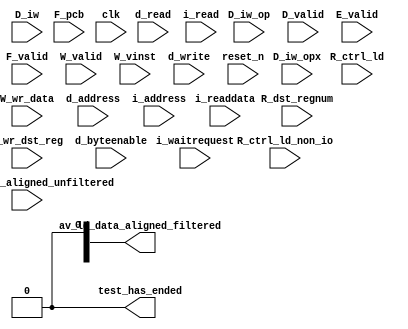
//Legal Notice: (C)2023 Altera Corporation. All rights reserved.  Your
//use of Altera Corporation's design tools, logic functions and other
//software and tools, and its AMPP partner logic functions, and any
//output files any of the foregoing (including device programming or
//simulation files), and any associated documentation or information are
//expressly subject to the terms and conditions of the Altera Program
//License Subscription Agreement or other applicable license agreement,
//including, without limitation, that your use is for the sole purpose
//of programming logic devices manufactured by Altera and sold by Altera
//or its authorized distributors.  Please refer to the applicable
//agreement for further details.

// synthesis translate_off
`timescale 1ns / 1ps
// synthesis translate_on

// turn off superfluous verilog processor warnings 
// altera message_level Level1 
// altera message_off 10034 10035 10036 10037 10230 10240 10030 

module system_nios2_gen2_0_cpu_test_bench (
                                            // inputs:
                                             D_iw,
                                             D_iw_op,
                                             D_iw_opx,
                                             D_valid,
                                             E_valid,
                                             F_pcb,
                                             F_valid,
                                             R_ctrl_ld,
                                             R_ctrl_ld_non_io,
                                             R_dst_regnum,
                                             R_wr_dst_reg,
                                             W_valid,
                                             W_vinst,
                                             W_wr_data,
                                             av_ld_data_aligned_unfiltered,
                                             clk,
                                             d_address,
                                             d_byteenable,
                                             d_read,
                                             d_write,
                                             i_address,
                                             i_read,
                                             i_readdata,
                                             i_waitrequest,
                                             reset_n,

                                            // outputs:
                                             av_ld_data_aligned_filtered,
                                             test_has_ended
                                          )
;

  output  [ 31: 0] av_ld_data_aligned_filtered;
  output           test_has_ended;
  input   [ 31: 0] D_iw;
  input   [  5: 0] D_iw_op;
  input   [  5: 0] D_iw_opx;
  input            D_valid;
  input            E_valid;
  input   [ 16: 0] F_pcb;
  input            F_valid;
  input            R_ctrl_ld;
  input            R_ctrl_ld_non_io;
  input   [  4: 0] R_dst_regnum;
  input            R_wr_dst_reg;
  input            W_valid;
  input   [ 71: 0] W_vinst;
  input   [ 31: 0] W_wr_data;
  input   [ 31: 0] av_ld_data_aligned_unfiltered;
  input            clk;
  input   [ 16: 0] d_address;
  input   [  3: 0] d_byteenable;
  input            d_read;
  input            d_write;
  input   [ 16: 0] i_address;
  input            i_read;
  input   [ 31: 0] i_readdata;
  input            i_waitrequest;
  input            reset_n;


wire             D_is_opx_inst;
wire             D_op_add;
wire             D_op_addi;
wire             D_op_and;
wire             D_op_andhi;
wire             D_op_andi;
wire             D_op_beq;
wire             D_op_bge;
wire             D_op_bgeu;
wire             D_op_blt;
wire             D_op_bltu;
wire             D_op_bne;
wire             D_op_br;
wire             D_op_break;
wire             D_op_bret;
wire             D_op_call;
wire             D_op_callr;
wire             D_op_cmpeq;
wire             D_op_cmpeqi;
wire             D_op_cmpge;
wire             D_op_cmpgei;
wire             D_op_cmpgeu;
wire             D_op_cmpgeui;
wire             D_op_cmplt;
wire             D_op_cmplti;
wire             D_op_cmpltu;
wire             D_op_cmpltui;
wire             D_op_cmpne;
wire             D_op_cmpnei;
wire             D_op_crst;
wire             D_op_custom;
wire             D_op_div;
wire             D_op_divu;
wire             D_op_eret;
wire             D_op_flushd;
wire             D_op_flushda;
wire             D_op_flushi;
wire             D_op_flushp;
wire             D_op_hbreak;
wire             D_op_initd;
wire             D_op_initda;
wire             D_op_initi;
wire             D_op_intr;
wire             D_op_jmp;
wire             D_op_jmpi;
wire             D_op_ldb;
wire             D_op_ldbio;
wire             D_op_ldbu;
wire             D_op_ldbuio;
wire             D_op_ldh;
wire             D_op_ldhio;
wire             D_op_ldhu;
wire             D_op_ldhuio;
wire             D_op_ldl;
wire             D_op_ldw;
wire             D_op_ldwio;
wire             D_op_mul;
wire             D_op_muli;
wire             D_op_mulxss;
wire             D_op_mulxsu;
wire             D_op_mulxuu;
wire             D_op_nextpc;
wire             D_op_nor;
wire             D_op_op_rsv02;
wire             D_op_op_rsv09;
wire             D_op_op_rsv10;
wire             D_op_op_rsv17;
wire             D_op_op_rsv18;
wire             D_op_op_rsv25;
wire             D_op_op_rsv26;
wire             D_op_op_rsv33;
wire             D_op_op_rsv34;
wire             D_op_op_rsv41;
wire             D_op_op_rsv42;
wire             D_op_op_rsv49;
wire             D_op_op_rsv57;
wire             D_op_op_rsv61;
wire             D_op_op_rsv62;
wire             D_op_op_rsv63;
wire             D_op_opx_rsv00;
wire             D_op_opx_rsv10;
wire             D_op_opx_rsv15;
wire             D_op_opx_rsv17;
wire             D_op_opx_rsv21;
wire             D_op_opx_rsv25;
wire             D_op_opx_rsv33;
wire             D_op_opx_rsv34;
wire             D_op_opx_rsv35;
wire             D_op_opx_rsv42;
wire             D_op_opx_rsv43;
wire             D_op_opx_rsv44;
wire             D_op_opx_rsv47;
wire             D_op_opx_rsv50;
wire             D_op_opx_rsv51;
wire             D_op_opx_rsv55;
wire             D_op_opx_rsv56;
wire             D_op_opx_rsv60;
wire             D_op_opx_rsv63;
wire             D_op_or;
wire             D_op_orhi;
wire             D_op_ori;
wire             D_op_rdctl;
wire             D_op_rdprs;
wire             D_op_ret;
wire             D_op_rol;
wire             D_op_roli;
wire             D_op_ror;
wire             D_op_sll;
wire             D_op_slli;
wire             D_op_sra;
wire             D_op_srai;
wire             D_op_srl;
wire             D_op_srli;
wire             D_op_stb;
wire             D_op_stbio;
wire             D_op_stc;
wire             D_op_sth;
wire             D_op_sthio;
wire             D_op_stw;
wire             D_op_stwio;
wire             D_op_sub;
wire             D_op_sync;
wire             D_op_trap;
wire             D_op_wrctl;
wire             D_op_wrprs;
wire             D_op_xor;
wire             D_op_xorhi;
wire             D_op_xori;
wire    [ 31: 0] av_ld_data_aligned_filtered;
wire             av_ld_data_aligned_unfiltered_0_is_x;
wire             av_ld_data_aligned_unfiltered_10_is_x;
wire             av_ld_data_aligned_unfiltered_11_is_x;
wire             av_ld_data_aligned_unfiltered_12_is_x;
wire             av_ld_data_aligned_unfiltered_13_is_x;
wire             av_ld_data_aligned_unfiltered_14_is_x;
wire             av_ld_data_aligned_unfiltered_15_is_x;
wire             av_ld_data_aligned_unfiltered_16_is_x;
wire             av_ld_data_aligned_unfiltered_17_is_x;
wire             av_ld_data_aligned_unfiltered_18_is_x;
wire             av_ld_data_aligned_unfiltered_19_is_x;
wire             av_ld_data_aligned_unfiltered_1_is_x;
wire             av_ld_data_aligned_unfiltered_20_is_x;
wire             av_ld_data_aligned_unfiltered_21_is_x;
wire             av_ld_data_aligned_unfiltered_22_is_x;
wire             av_ld_data_aligned_unfiltered_23_is_x;
wire             av_ld_data_aligned_unfiltered_24_is_x;
wire             av_ld_data_aligned_unfiltered_25_is_x;
wire             av_ld_data_aligned_unfiltered_26_is_x;
wire             av_ld_data_aligned_unfiltered_27_is_x;
wire             av_ld_data_aligned_unfiltered_28_is_x;
wire             av_ld_data_aligned_unfiltered_29_is_x;
wire             av_ld_data_aligned_unfiltered_2_is_x;
wire             av_ld_data_aligned_unfiltered_30_is_x;
wire             av_ld_data_aligned_unfiltered_31_is_x;
wire             av_ld_data_aligned_unfiltered_3_is_x;
wire             av_ld_data_aligned_unfiltered_4_is_x;
wire             av_ld_data_aligned_unfiltered_5_is_x;
wire             av_ld_data_aligned_unfiltered_6_is_x;
wire             av_ld_data_aligned_unfiltered_7_is_x;
wire             av_ld_data_aligned_unfiltered_8_is_x;
wire             av_ld_data_aligned_unfiltered_9_is_x;
wire             test_has_ended;
  assign D_op_call = D_iw_op == 0;
  assign D_op_jmpi = D_iw_op == 1;
  assign D_op_op_rsv02 = D_iw_op == 2;
  assign D_op_ldbu = D_iw_op == 3;
  assign D_op_addi = D_iw_op == 4;
  assign D_op_stb = D_iw_op == 5;
  assign D_op_br = D_iw_op == 6;
  assign D_op_ldb = D_iw_op == 7;
  assign D_op_cmpgei = D_iw_op == 8;
  assign D_op_op_rsv09 = D_iw_op == 9;
  assign D_op_op_rsv10 = D_iw_op == 10;
  assign D_op_ldhu = D_iw_op == 11;
  assign D_op_andi = D_iw_op == 12;
  assign D_op_sth = D_iw_op == 13;
  assign D_op_bge = D_iw_op == 14;
  assign D_op_ldh = D_iw_op == 15;
  assign D_op_cmplti = D_iw_op == 16;
  assign D_op_op_rsv17 = D_iw_op == 17;
  assign D_op_op_rsv18 = D_iw_op == 18;
  assign D_op_initda = D_iw_op == 19;
  assign D_op_ori = D_iw_op == 20;
  assign D_op_stw = D_iw_op == 21;
  assign D_op_blt = D_iw_op == 22;
  assign D_op_ldw = D_iw_op == 23;
  assign D_op_cmpnei = D_iw_op == 24;
  assign D_op_op_rsv25 = D_iw_op == 25;
  assign D_op_op_rsv26 = D_iw_op == 26;
  assign D_op_flushda = D_iw_op == 27;
  assign D_op_xori = D_iw_op == 28;
  assign D_op_stc = D_iw_op == 29;
  assign D_op_bne = D_iw_op == 30;
  assign D_op_ldl = D_iw_op == 31;
  assign D_op_cmpeqi = D_iw_op == 32;
  assign D_op_op_rsv33 = D_iw_op == 33;
  assign D_op_op_rsv34 = D_iw_op == 34;
  assign D_op_ldbuio = D_iw_op == 35;
  assign D_op_muli = D_iw_op == 36;
  assign D_op_stbio = D_iw_op == 37;
  assign D_op_beq = D_iw_op == 38;
  assign D_op_ldbio = D_iw_op == 39;
  assign D_op_cmpgeui = D_iw_op == 40;
  assign D_op_op_rsv41 = D_iw_op == 41;
  assign D_op_op_rsv42 = D_iw_op == 42;
  assign D_op_ldhuio = D_iw_op == 43;
  assign D_op_andhi = D_iw_op == 44;
  assign D_op_sthio = D_iw_op == 45;
  assign D_op_bgeu = D_iw_op == 46;
  assign D_op_ldhio = D_iw_op == 47;
  assign D_op_cmpltui = D_iw_op == 48;
  assign D_op_op_rsv49 = D_iw_op == 49;
  assign D_op_custom = D_iw_op == 50;
  assign D_op_initd = D_iw_op == 51;
  assign D_op_orhi = D_iw_op == 52;
  assign D_op_stwio = D_iw_op == 53;
  assign D_op_bltu = D_iw_op == 54;
  assign D_op_ldwio = D_iw_op == 55;
  assign D_op_rdprs = D_iw_op == 56;
  assign D_op_op_rsv57 = D_iw_op == 57;
  assign D_op_flushd = D_iw_op == 59;
  assign D_op_xorhi = D_iw_op == 60;
  assign D_op_op_rsv61 = D_iw_op == 61;
  assign D_op_op_rsv62 = D_iw_op == 62;
  assign D_op_op_rsv63 = D_iw_op == 63;
  assign D_op_opx_rsv00 = (D_iw_opx == 0) & D_is_opx_inst;
  assign D_op_eret = (D_iw_opx == 1) & D_is_opx_inst;
  assign D_op_roli = (D_iw_opx == 2) & D_is_opx_inst;
  assign D_op_rol = (D_iw_opx == 3) & D_is_opx_inst;
  assign D_op_flushp = (D_iw_opx == 4) & D_is_opx_inst;
  assign D_op_ret = (D_iw_opx == 5) & D_is_opx_inst;
  assign D_op_nor = (D_iw_opx == 6) & D_is_opx_inst;
  assign D_op_mulxuu = (D_iw_opx == 7) & D_is_opx_inst;
  assign D_op_cmpge = (D_iw_opx == 8) & D_is_opx_inst;
  assign D_op_bret = (D_iw_opx == 9) & D_is_opx_inst;
  assign D_op_opx_rsv10 = (D_iw_opx == 10) & D_is_opx_inst;
  assign D_op_ror = (D_iw_opx == 11) & D_is_opx_inst;
  assign D_op_flushi = (D_iw_opx == 12) & D_is_opx_inst;
  assign D_op_jmp = (D_iw_opx == 13) & D_is_opx_inst;
  assign D_op_and = (D_iw_opx == 14) & D_is_opx_inst;
  assign D_op_opx_rsv15 = (D_iw_opx == 15) & D_is_opx_inst;
  assign D_op_cmplt = (D_iw_opx == 16) & D_is_opx_inst;
  assign D_op_opx_rsv17 = (D_iw_opx == 17) & D_is_opx_inst;
  assign D_op_slli = (D_iw_opx == 18) & D_is_opx_inst;
  assign D_op_sll = (D_iw_opx == 19) & D_is_opx_inst;
  assign D_op_wrprs = (D_iw_opx == 20) & D_is_opx_inst;
  assign D_op_opx_rsv21 = (D_iw_opx == 21) & D_is_opx_inst;
  assign D_op_or = (D_iw_opx == 22) & D_is_opx_inst;
  assign D_op_mulxsu = (D_iw_opx == 23) & D_is_opx_inst;
  assign D_op_cmpne = (D_iw_opx == 24) & D_is_opx_inst;
  assign D_op_opx_rsv25 = (D_iw_opx == 25) & D_is_opx_inst;
  assign D_op_srli = (D_iw_opx == 26) & D_is_opx_inst;
  assign D_op_srl = (D_iw_opx == 27) & D_is_opx_inst;
  assign D_op_nextpc = (D_iw_opx == 28) & D_is_opx_inst;
  assign D_op_callr = (D_iw_opx == 29) & D_is_opx_inst;
  assign D_op_xor = (D_iw_opx == 30) & D_is_opx_inst;
  assign D_op_mulxss = (D_iw_opx == 31) & D_is_opx_inst;
  assign D_op_cmpeq = (D_iw_opx == 32) & D_is_opx_inst;
  assign D_op_opx_rsv33 = (D_iw_opx == 33) & D_is_opx_inst;
  assign D_op_opx_rsv34 = (D_iw_opx == 34) & D_is_opx_inst;
  assign D_op_opx_rsv35 = (D_iw_opx == 35) & D_is_opx_inst;
  assign D_op_divu = (D_iw_opx == 36) & D_is_opx_inst;
  assign D_op_div = (D_iw_opx == 37) & D_is_opx_inst;
  assign D_op_rdctl = (D_iw_opx == 38) & D_is_opx_inst;
  assign D_op_mul = (D_iw_opx == 39) & D_is_opx_inst;
  assign D_op_cmpgeu = (D_iw_opx == 40) & D_is_opx_inst;
  assign D_op_initi = (D_iw_opx == 41) & D_is_opx_inst;
  assign D_op_opx_rsv42 = (D_iw_opx == 42) & D_is_opx_inst;
  assign D_op_opx_rsv43 = (D_iw_opx == 43) & D_is_opx_inst;
  assign D_op_opx_rsv44 = (D_iw_opx == 44) & D_is_opx_inst;
  assign D_op_trap = (D_iw_opx == 45) & D_is_opx_inst;
  assign D_op_wrctl = (D_iw_opx == 46) & D_is_opx_inst;
  assign D_op_opx_rsv47 = (D_iw_opx == 47) & D_is_opx_inst;
  assign D_op_cmpltu = (D_iw_opx == 48) & D_is_opx_inst;
  assign D_op_add = (D_iw_opx == 49) & D_is_opx_inst;
  assign D_op_opx_rsv50 = (D_iw_opx == 50) & D_is_opx_inst;
  assign D_op_opx_rsv51 = (D_iw_opx == 51) & D_is_opx_inst;
  assign D_op_break = (D_iw_opx == 52) & D_is_opx_inst;
  assign D_op_hbreak = (D_iw_opx == 53) & D_is_opx_inst;
  assign D_op_sync = (D_iw_opx == 54) & D_is_opx_inst;
  assign D_op_opx_rsv55 = (D_iw_opx == 55) & D_is_opx_inst;
  assign D_op_opx_rsv56 = (D_iw_opx == 56) & D_is_opx_inst;
  assign D_op_sub = (D_iw_opx == 57) & D_is_opx_inst;
  assign D_op_srai = (D_iw_opx == 58) & D_is_opx_inst;
  assign D_op_sra = (D_iw_opx == 59) & D_is_opx_inst;
  assign D_op_opx_rsv60 = (D_iw_opx == 60) & D_is_opx_inst;
  assign D_op_intr = (D_iw_opx == 61) & D_is_opx_inst;
  assign D_op_crst = (D_iw_opx == 62) & D_is_opx_inst;
  assign D_op_opx_rsv63 = (D_iw_opx == 63) & D_is_opx_inst;
  assign D_is_opx_inst = D_iw_op == 58;
  assign test_has_ended = 1'b0;

//synthesis translate_off
//////////////// SIMULATION-ONLY CONTENTS
  //Clearing 'X' data bits
  assign av_ld_data_aligned_unfiltered_0_is_x = ^(av_ld_data_aligned_unfiltered[0]) === 1'bx;

  assign av_ld_data_aligned_filtered[0] = (av_ld_data_aligned_unfiltered_0_is_x & (R_ctrl_ld_non_io)) ? 1'b0 : av_ld_data_aligned_unfiltered[0];
  assign av_ld_data_aligned_unfiltered_1_is_x = ^(av_ld_data_aligned_unfiltered[1]) === 1'bx;
  assign av_ld_data_aligned_filtered[1] = (av_ld_data_aligned_unfiltered_1_is_x & (R_ctrl_ld_non_io)) ? 1'b0 : av_ld_data_aligned_unfiltered[1];
  assign av_ld_data_aligned_unfiltered_2_is_x = ^(av_ld_data_aligned_unfiltered[2]) === 1'bx;
  assign av_ld_data_aligned_filtered[2] = (av_ld_data_aligned_unfiltered_2_is_x & (R_ctrl_ld_non_io)) ? 1'b0 : av_ld_data_aligned_unfiltered[2];
  assign av_ld_data_aligned_unfiltered_3_is_x = ^(av_ld_data_aligned_unfiltered[3]) === 1'bx;
  assign av_ld_data_aligned_filtered[3] = (av_ld_data_aligned_unfiltered_3_is_x & (R_ctrl_ld_non_io)) ? 1'b0 : av_ld_data_aligned_unfiltered[3];
  assign av_ld_data_aligned_unfiltered_4_is_x = ^(av_ld_data_aligned_unfiltered[4]) === 1'bx;
  assign av_ld_data_aligned_filtered[4] = (av_ld_data_aligned_unfiltered_4_is_x & (R_ctrl_ld_non_io)) ? 1'b0 : av_ld_data_aligned_unfiltered[4];
  assign av_ld_data_aligned_unfiltered_5_is_x = ^(av_ld_data_aligned_unfiltered[5]) === 1'bx;
  assign av_ld_data_aligned_filtered[5] = (av_ld_data_aligned_unfiltered_5_is_x & (R_ctrl_ld_non_io)) ? 1'b0 : av_ld_data_aligned_unfiltered[5];
  assign av_ld_data_aligned_unfiltered_6_is_x = ^(av_ld_data_aligned_unfiltered[6]) === 1'bx;
  assign av_ld_data_aligned_filtered[6] = (av_ld_data_aligned_unfiltered_6_is_x & (R_ctrl_ld_non_io)) ? 1'b0 : av_ld_data_aligned_unfiltered[6];
  assign av_ld_data_aligned_unfiltered_7_is_x = ^(av_ld_data_aligned_unfiltered[7]) === 1'bx;
  assign av_ld_data_aligned_filtered[7] = (av_ld_data_aligned_unfiltered_7_is_x & (R_ctrl_ld_non_io)) ? 1'b0 : av_ld_data_aligned_unfiltered[7];
  assign av_ld_data_aligned_unfiltered_8_is_x = ^(av_ld_data_aligned_unfiltered[8]) === 1'bx;
  assign av_ld_data_aligned_filtered[8] = (av_ld_data_aligned_unfiltered_8_is_x & (R_ctrl_ld_non_io)) ? 1'b0 : av_ld_data_aligned_unfiltered[8];
  assign av_ld_data_aligned_unfiltered_9_is_x = ^(av_ld_data_aligned_unfiltered[9]) === 1'bx;
  assign av_ld_data_aligned_filtered[9] = (av_ld_data_aligned_unfiltered_9_is_x & (R_ctrl_ld_non_io)) ? 1'b0 : av_ld_data_aligned_unfiltered[9];
  assign av_ld_data_aligned_unfiltered_10_is_x = ^(av_ld_data_aligned_unfiltered[10]) === 1'bx;
  assign av_ld_data_aligned_filtered[10] = (av_ld_data_aligned_unfiltered_10_is_x & (R_ctrl_ld_non_io)) ? 1'b0 : av_ld_data_aligned_unfiltered[10];
  assign av_ld_data_aligned_unfiltered_11_is_x = ^(av_ld_data_aligned_unfiltered[11]) === 1'bx;
  assign av_ld_data_aligned_filtered[11] = (av_ld_data_aligned_unfiltered_11_is_x & (R_ctrl_ld_non_io)) ? 1'b0 : av_ld_data_aligned_unfiltered[11];
  assign av_ld_data_aligned_unfiltered_12_is_x = ^(av_ld_data_aligned_unfiltered[12]) === 1'bx;
  assign av_ld_data_aligned_filtered[12] = (av_ld_data_aligned_unfiltered_12_is_x & (R_ctrl_ld_non_io)) ? 1'b0 : av_ld_data_aligned_unfiltered[12];
  assign av_ld_data_aligned_unfiltered_13_is_x = ^(av_ld_data_aligned_unfiltered[13]) === 1'bx;
  assign av_ld_data_aligned_filtered[13] = (av_ld_data_aligned_unfiltered_13_is_x & (R_ctrl_ld_non_io)) ? 1'b0 : av_ld_data_aligned_unfiltered[13];
  assign av_ld_data_aligned_unfiltered_14_is_x = ^(av_ld_data_aligned_unfiltered[14]) === 1'bx;
  assign av_ld_data_aligned_filtered[14] = (av_ld_data_aligned_unfiltered_14_is_x & (R_ctrl_ld_non_io)) ? 1'b0 : av_ld_data_aligned_unfiltered[14];
  assign av_ld_data_aligned_unfiltered_15_is_x = ^(av_ld_data_aligned_unfiltered[15]) === 1'bx;
  assign av_ld_data_aligned_filtered[15] = (av_ld_data_aligned_unfiltered_15_is_x & (R_ctrl_ld_non_io)) ? 1'b0 : av_ld_data_aligned_unfiltered[15];
  assign av_ld_data_aligned_unfiltered_16_is_x = ^(av_ld_data_aligned_unfiltered[16]) === 1'bx;
  assign av_ld_data_aligned_filtered[16] = (av_ld_data_aligned_unfiltered_16_is_x & (R_ctrl_ld_non_io)) ? 1'b0 : av_ld_data_aligned_unfiltered[16];
  assign av_ld_data_aligned_unfiltered_17_is_x = ^(av_ld_data_aligned_unfiltered[17]) === 1'bx;
  assign av_ld_data_aligned_filtered[17] = (av_ld_data_aligned_unfiltered_17_is_x & (R_ctrl_ld_non_io)) ? 1'b0 : av_ld_data_aligned_unfiltered[17];
  assign av_ld_data_aligned_unfiltered_18_is_x = ^(av_ld_data_aligned_unfiltered[18]) === 1'bx;
  assign av_ld_data_aligned_filtered[18] = (av_ld_data_aligned_unfiltered_18_is_x & (R_ctrl_ld_non_io)) ? 1'b0 : av_ld_data_aligned_unfiltered[18];
  assign av_ld_data_aligned_unfiltered_19_is_x = ^(av_ld_data_aligned_unfiltered[19]) === 1'bx;
  assign av_ld_data_aligned_filtered[19] = (av_ld_data_aligned_unfiltered_19_is_x & (R_ctrl_ld_non_io)) ? 1'b0 : av_ld_data_aligned_unfiltered[19];
  assign av_ld_data_aligned_unfiltered_20_is_x = ^(av_ld_data_aligned_unfiltered[20]) === 1'bx;
  assign av_ld_data_aligned_filtered[20] = (av_ld_data_aligned_unfiltered_20_is_x & (R_ctrl_ld_non_io)) ? 1'b0 : av_ld_data_aligned_unfiltered[20];
  assign av_ld_data_aligned_unfiltered_21_is_x = ^(av_ld_data_aligned_unfiltered[21]) === 1'bx;
  assign av_ld_data_aligned_filtered[21] = (av_ld_data_aligned_unfiltered_21_is_x & (R_ctrl_ld_non_io)) ? 1'b0 : av_ld_data_aligned_unfiltered[21];
  assign av_ld_data_aligned_unfiltered_22_is_x = ^(av_ld_data_aligned_unfiltered[22]) === 1'bx;
  assign av_ld_data_aligned_filtered[22] = (av_ld_data_aligned_unfiltered_22_is_x & (R_ctrl_ld_non_io)) ? 1'b0 : av_ld_data_aligned_unfiltered[22];
  assign av_ld_data_aligned_unfiltered_23_is_x = ^(av_ld_data_aligned_unfiltered[23]) === 1'bx;
  assign av_ld_data_aligned_filtered[23] = (av_ld_data_aligned_unfiltered_23_is_x & (R_ctrl_ld_non_io)) ? 1'b0 : av_ld_data_aligned_unfiltered[23];
  assign av_ld_data_aligned_unfiltered_24_is_x = ^(av_ld_data_aligned_unfiltered[24]) === 1'bx;
  assign av_ld_data_aligned_filtered[24] = (av_ld_data_aligned_unfiltered_24_is_x & (R_ctrl_ld_non_io)) ? 1'b0 : av_ld_data_aligned_unfiltered[24];
  assign av_ld_data_aligned_unfiltered_25_is_x = ^(av_ld_data_aligned_unfiltered[25]) === 1'bx;
  assign av_ld_data_aligned_filtered[25] = (av_ld_data_aligned_unfiltered_25_is_x & (R_ctrl_ld_non_io)) ? 1'b0 : av_ld_data_aligned_unfiltered[25];
  assign av_ld_data_aligned_unfiltered_26_is_x = ^(av_ld_data_aligned_unfiltered[26]) === 1'bx;
  assign av_ld_data_aligned_filtered[26] = (av_ld_data_aligned_unfiltered_26_is_x & (R_ctrl_ld_non_io)) ? 1'b0 : av_ld_data_aligned_unfiltered[26];
  assign av_ld_data_aligned_unfiltered_27_is_x = ^(av_ld_data_aligned_unfiltered[27]) === 1'bx;
  assign av_ld_data_aligned_filtered[27] = (av_ld_data_aligned_unfiltered_27_is_x & (R_ctrl_ld_non_io)) ? 1'b0 : av_ld_data_aligned_unfiltered[27];
  assign av_ld_data_aligned_unfiltered_28_is_x = ^(av_ld_data_aligned_unfiltered[28]) === 1'bx;
  assign av_ld_data_aligned_filtered[28] = (av_ld_data_aligned_unfiltered_28_is_x & (R_ctrl_ld_non_io)) ? 1'b0 : av_ld_data_aligned_unfiltered[28];
  assign av_ld_data_aligned_unfiltered_29_is_x = ^(av_ld_data_aligned_unfiltered[29]) === 1'bx;
  assign av_ld_data_aligned_filtered[29] = (av_ld_data_aligned_unfiltered_29_is_x & (R_ctrl_ld_non_io)) ? 1'b0 : av_ld_data_aligned_unfiltered[29];
  assign av_ld_data_aligned_unfiltered_30_is_x = ^(av_ld_data_aligned_unfiltered[30]) === 1'bx;
  assign av_ld_data_aligned_filtered[30] = (av_ld_data_aligned_unfiltered_30_is_x & (R_ctrl_ld_non_io)) ? 1'b0 : av_ld_data_aligned_unfiltered[30];
  assign av_ld_data_aligned_unfiltered_31_is_x = ^(av_ld_data_aligned_unfiltered[31]) === 1'bx;
  assign av_ld_data_aligned_filtered[31] = (av_ld_data_aligned_unfiltered_31_is_x & (R_ctrl_ld_non_io)) ? 1'b0 : av_ld_data_aligned_unfiltered[31];
  always @(posedge clk)
    begin
      if (reset_n)
          if (^(F_valid) === 1'bx)
            begin
              $write("%0d ns: ERROR: system_nios2_gen2_0_cpu_test_bench/F_valid is 'x'\n", $time);
              $stop;
            end
    end


  always @(posedge clk)
    begin
      if (reset_n)
          if (^(D_valid) === 1'bx)
            begin
              $write("%0d ns: ERROR: system_nios2_gen2_0_cpu_test_bench/D_valid is 'x'\n", $time);
              $stop;
            end
    end


  always @(posedge clk)
    begin
      if (reset_n)
          if (^(E_valid) === 1'bx)
            begin
              $write("%0d ns: ERROR: system_nios2_gen2_0_cpu_test_bench/E_valid is 'x'\n", $time);
              $stop;
            end
    end


  always @(posedge clk)
    begin
      if (reset_n)
          if (^(W_valid) === 1'bx)
            begin
              $write("%0d ns: ERROR: system_nios2_gen2_0_cpu_test_bench/W_valid is 'x'\n", $time);
              $stop;
            end
    end


  always @(posedge clk or negedge reset_n)
    begin
      if (reset_n == 0)
        begin
        end
      else if (W_valid)
          if (^(R_wr_dst_reg) === 1'bx)
            begin
              $write("%0d ns: ERROR: system_nios2_gen2_0_cpu_test_bench/R_wr_dst_reg is 'x'\n", $time);
              $stop;
            end
    end


  always @(posedge clk or negedge reset_n)
    begin
      if (reset_n == 0)
        begin
        end
      else if (W_valid & R_wr_dst_reg)
          if (^(W_wr_data) === 1'bx)
            begin
              $write("%0d ns: ERROR: system_nios2_gen2_0_cpu_test_bench/W_wr_data is 'x'\n", $time);
              $stop;
            end
    end


  always @(posedge clk or negedge reset_n)
    begin
      if (reset_n == 0)
        begin
        end
      else if (W_valid & R_wr_dst_reg)
          if (^(R_dst_regnum) === 1'bx)
            begin
              $write("%0d ns: ERROR: system_nios2_gen2_0_cpu_test_bench/R_dst_regnum is 'x'\n", $time);
              $stop;
            end
    end


  always @(posedge clk)
    begin
      if (reset_n)
          if (^(d_write) === 1'bx)
            begin
              $write("%0d ns: ERROR: system_nios2_gen2_0_cpu_test_bench/d_write is 'x'\n", $time);
              $stop;
            end
    end


  always @(posedge clk or negedge reset_n)
    begin
      if (reset_n == 0)
        begin
        end
      else if (d_write)
          if (^(d_byteenable) === 1'bx)
            begin
              $write("%0d ns: ERROR: system_nios2_gen2_0_cpu_test_bench/d_byteenable is 'x'\n", $time);
              $stop;
            end
    end


  always @(posedge clk or negedge reset_n)
    begin
      if (reset_n == 0)
        begin
        end
      else if (d_write | d_read)
          if (^(d_address) === 1'bx)
            begin
              $write("%0d ns: ERROR: system_nios2_gen2_0_cpu_test_bench/d_address is 'x'\n", $time);
              $stop;
            end
    end


  always @(posedge clk)
    begin
      if (reset_n)
          if (^(d_read) === 1'bx)
            begin
              $write("%0d ns: ERROR: system_nios2_gen2_0_cpu_test_bench/d_read is 'x'\n", $time);
              $stop;
            end
    end


  always @(posedge clk)
    begin
      if (reset_n)
          if (^(i_read) === 1'bx)
            begin
              $write("%0d ns: ERROR: system_nios2_gen2_0_cpu_test_bench/i_read is 'x'\n", $time);
              $stop;
            end
    end


  always @(posedge clk or negedge reset_n)
    begin
      if (reset_n == 0)
        begin
        end
      else if (i_read)
          if (^(i_address) === 1'bx)
            begin
              $write("%0d ns: ERROR: system_nios2_gen2_0_cpu_test_bench/i_address is 'x'\n", $time);
              $stop;
            end
    end


  always @(posedge clk or negedge reset_n)
    begin
      if (reset_n == 0)
        begin
        end
      else if (i_read & ~i_waitrequest)
          if (^(i_readdata) === 1'bx)
            begin
              $write("%0d ns: ERROR: system_nios2_gen2_0_cpu_test_bench/i_readdata is 'x'\n", $time);
              $stop;
            end
    end


  always @(posedge clk or negedge reset_n)
    begin
      if (reset_n == 0)
        begin
        end
      else if (W_valid & R_ctrl_ld)
          if (^(av_ld_data_aligned_unfiltered) === 1'bx)
            begin
              $write("%0d ns: WARNING: system_nios2_gen2_0_cpu_test_bench/av_ld_data_aligned_unfiltered is 'x'\n", $time);
            end
    end


  always @(posedge clk or negedge reset_n)
    begin
      if (reset_n == 0)
        begin
        end
      else if (W_valid & R_wr_dst_reg)
          if (^(W_wr_data) === 1'bx)
            begin
              $write("%0d ns: WARNING: system_nios2_gen2_0_cpu_test_bench/W_wr_data is 'x'\n", $time);
            end
    end



//////////////// END SIMULATION-ONLY CONTENTS

//synthesis translate_on
//synthesis read_comments_as_HDL on
//  
//  assign av_ld_data_aligned_filtered = av_ld_data_aligned_unfiltered;
//
//synthesis read_comments_as_HDL off

endmodule